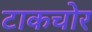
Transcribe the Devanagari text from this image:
टाकचोर